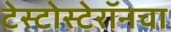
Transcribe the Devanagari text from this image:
टेस्टोस्टेरॉनचा